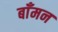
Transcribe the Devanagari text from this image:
बाँमन